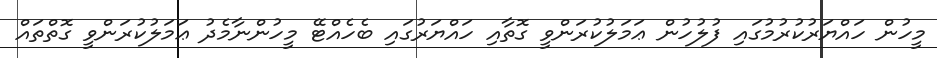
މީހުން ހައްޔަރުކުުރުމުގައި ފުލުހުން ޢަމަލުކުރަންވީ ގޮތާއި ހައްޔަރުގައި ބެހެއްޓޭ މީހުންނާމެދު ޢަމަލުކުރަންވީ ގޮތްތައް